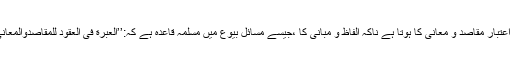
 معاملات و معاہدات میں اعتبار مقاصد و معانی کا ہوتا ہے ناکہ الفاظ و مبانی کا ،جیسے مسائلِ بیوع میں مسلّمہ قاعدہ ہے کہ:’’العبرة فی العقود للمقاصدوالمعانی لا للألفاظ والمبانی‘‘۔